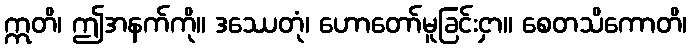
ဣတိ၊ ဤအနက်ကို။ ဒဿေတုံ၊ ဟောတော်မူခြင်းငှာ။ စေတသိကောတိ၊